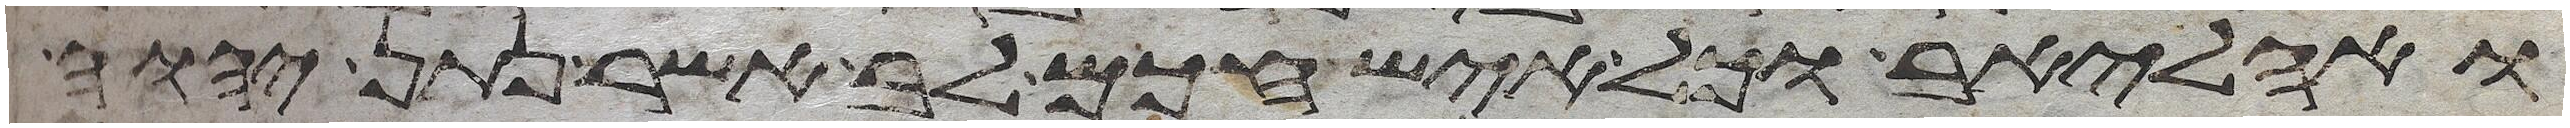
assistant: ואהליאב וכל איש חכם לב אשר נתן יהוה